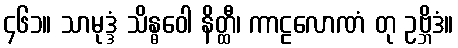
၄၆၁။ သာမုဒ္ဒံ သိန္ဓဝေါ နိတ္ထီ၊ ကာဠလောဏံ တု ဥဗ္ဘိဒံ။